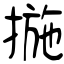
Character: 揓